Madras plague regulations and rules - Volume 1
Disease focus: Plague
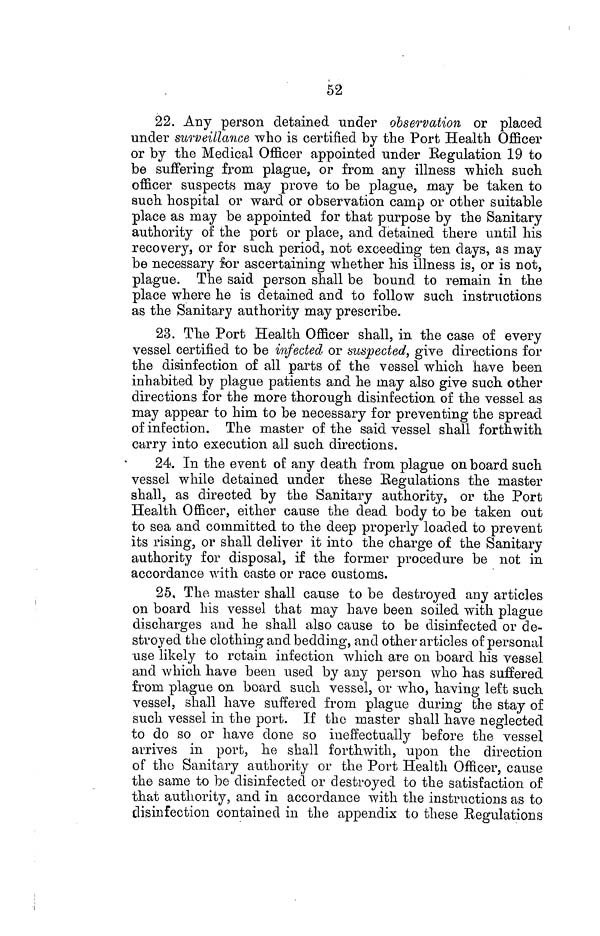
52
22. Any person detained under observation or placed
under surveillance who is certified by the Port Health Officer
or by the Medical Officer appointed under Regulation 19 to
be suffering from plague, or from any illness which such
officer suspects may prove to be plague, may be taken to
such hospital or ward or observation camp or other suitable
place as may be appointed for that purpose by the Sanitary
authority of the port or place, and detained there until his
recovery, or for such period, not exceeding ten days, as may
be necessary for ascertaining whether his illness is, or is not,
plague. The said person shall be bound to remain in the
place where he is detained and to follow such instructions
as the Sanitary authority may prescribe.
23. The Port Health Officer shall, in the case of every
vessel certified to be infected or suspected, give directions for
the disinfection of all parts of the vessel which have been
inhabited by plague patients and he may also give such other
directions for the more thorough disinfection of the vessel as
may appear to him to be necessary for preventing the spread
of infection. The master of the said vessel shall forth with
carry into execution all such directions.
24. In the event of any death from plague on board such
vessel while detained under these Regulations the master
shall, as directed by the Sanitary authority, or the Port
Health Officer, either cause the dead body to be taken out
to sea and committed to the deep properly loaded to prevent
its rising, or shall deliver it into the charge of the Sanitary
authority for disposal, if the former procedure be not in
accordance with caste or race customs.
25. The master shall cause to be destroyed any articles
on board his vessel that may have been soiled with plague
discharges and he shall also cause to be disinfected or de-
stroyed the clothing and bedding, and other articles of personal
use likely to retain infection which are on board his vessel
and which have been used by any person who has suffered
from plague on board such vessel, or who, having left such
vessel, shall have suffered from plague during the stay of
such vessel in the port. If the master shall have neglected
to do so or have done so ineffectually before the vessel
arrives in port, he shall forthwith, upon the direction
of the Sanitary authority or the Port Health Officer, cause
the same to be disinfected or destroyed to the satisfaction of
that authority, and in accordance with the instructions as to
disinfection contained in the appendix to these Regulations